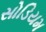
સોડિયમ